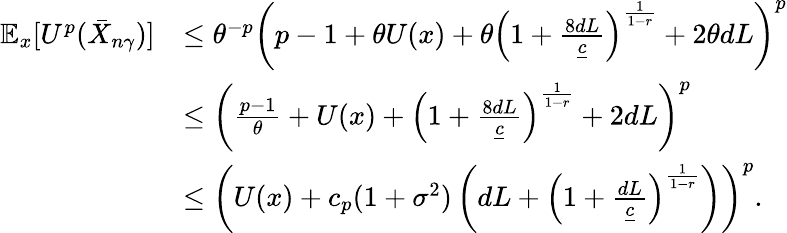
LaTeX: \begin{array}{rl}{\mathbb{E}_{x}[U^{p}(\bar{X}_{n\gamma})]}&{\le\theta^{-p}\left(p-1+\theta U(x)+\theta\left(1+\frac{8dL}{\underline{{c}}}\right)^{\frac{1}{1-r}}+2\theta dL\right)^{p}}\\ &{\le\left(\frac{p-1}{\theta}+U(x)+\left(1+\frac{8dL}{\underline{{c}}}\right)^{\frac{1}{1-r}}+2dL\right)^{p}}\\ &{\le\left(U(x)+c_{p}(1+\sigma^{2})\left(dL+\left(1+\frac{dL}{\underline{{c}}}\right)^{\frac{1}{1-r}}\right)\right)^{p}.}\end{array}